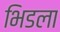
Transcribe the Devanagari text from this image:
भिडला